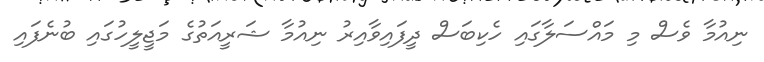
ނިއުމާ ވެސް މި މައްސަލާގައި ހެކިބަސް ދީފައިވާއިރު ނިއުމާ ޝަރީއަތުގެ މަޖީލީހުގައި ބުނެފައި